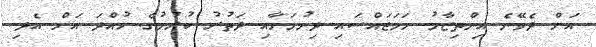
އަށް ދެވޭނެ އިންތިޒާމު ހަމަޖައްސައި ދިނުމަށާއި ދަތުރު ކުރުމުގެ ހުއްދަ އަށް އެދި